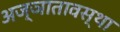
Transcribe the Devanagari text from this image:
अज्ञातावस्था